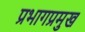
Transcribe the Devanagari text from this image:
प्रभागप्रमुख